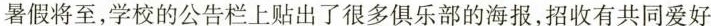
暑假将至,学校的公告栏上贴出了很多俱乐部的海报,招收有共同爱好